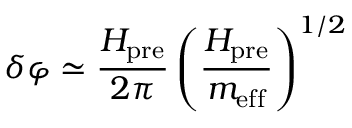
\delta \varphi \simeq \frac { H _ { \mathrm { p r e } } } { 2 \pi } \left( \frac { H _ { \mathrm { p r e } } } { m _ { \mathrm { e f f } } } \right) ^ { 1 / 2 }